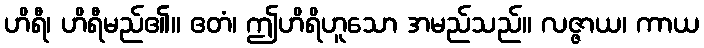
ဟိရီ၊ ဟိရီမည်၏။ ဧတံ၊ ဤဟိရိဟူသော အမည်သည်။ လဇ္ဇာယ၊ ကာယ